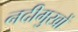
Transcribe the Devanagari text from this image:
नदीमुखों